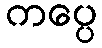
ကပ္ပေ